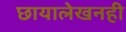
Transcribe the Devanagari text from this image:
छायालेखनही